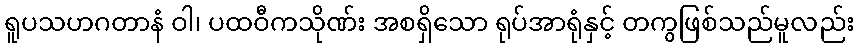
ရူပသဟဂတာနံ ဝါ၊ ပထဝီကသိုဏ်း အစရှိသော ရုပ်အာရုံနှင့် တကွဖြစ်သည်မူလည်း